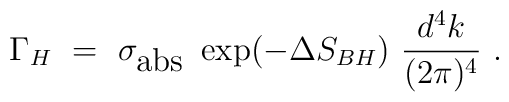
\Gamma_H~=~\sigma_{\mbox {abs}}~\exp(-\Delta S_{BH})~ \frac{d^4k}{(2\pi)^4}~.